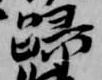
帰